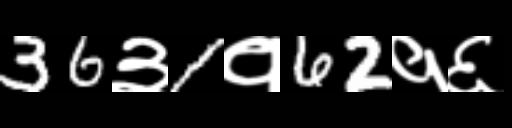
Text: 36३1१62१६